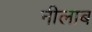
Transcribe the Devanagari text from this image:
नीलाब